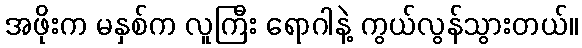
အဖိုးက မနှစ်က လူကြီး ရောဂါနဲ့ ကွယ်လွန်သွားတယ်။